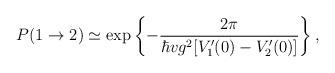
LaTeX: \begin{align*}P(1\rightarrow2)\simeq \exp\left\{-{2\pi\over\hbar vg^2[V_1'(0)-V_2'(0)]}\right\},\end{align*}